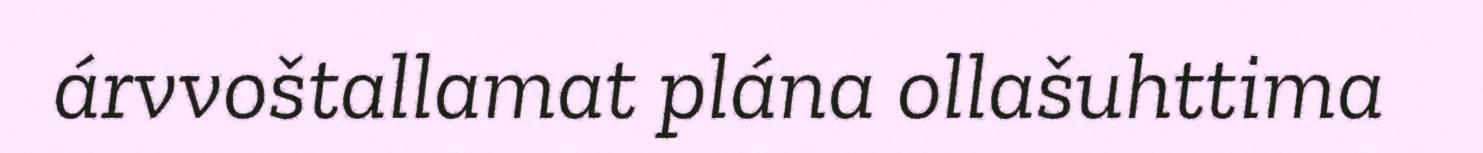
árvvoštallamat plána ollašuhttima